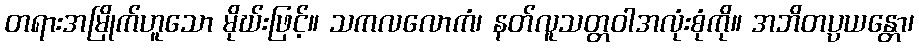
တရားအမြိုက်ဟူသော မိုဃ်းဖြင့်။ သကလလောကံ၊ နတ်လူသတ္တဝါအလုံးစုံကို။ အဘိတပ္ပယန္တော၊